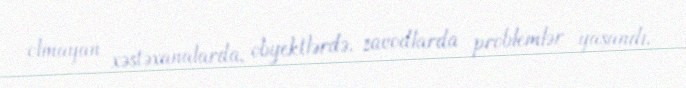
olmayan xəstəxanalarda, obyektlərdə, zavodlarda problemlər yaşandı.